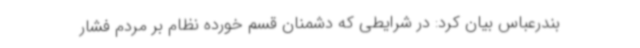
بندرعباس بیان کرد: در شرایطی که دشمنان قسم خورده نظام بر مردم فشار